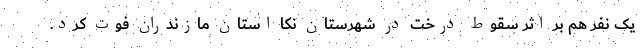
یک نفر هم بر اثر سقوط درخت در شهرستان نکا استان مازندران فوت کرد.